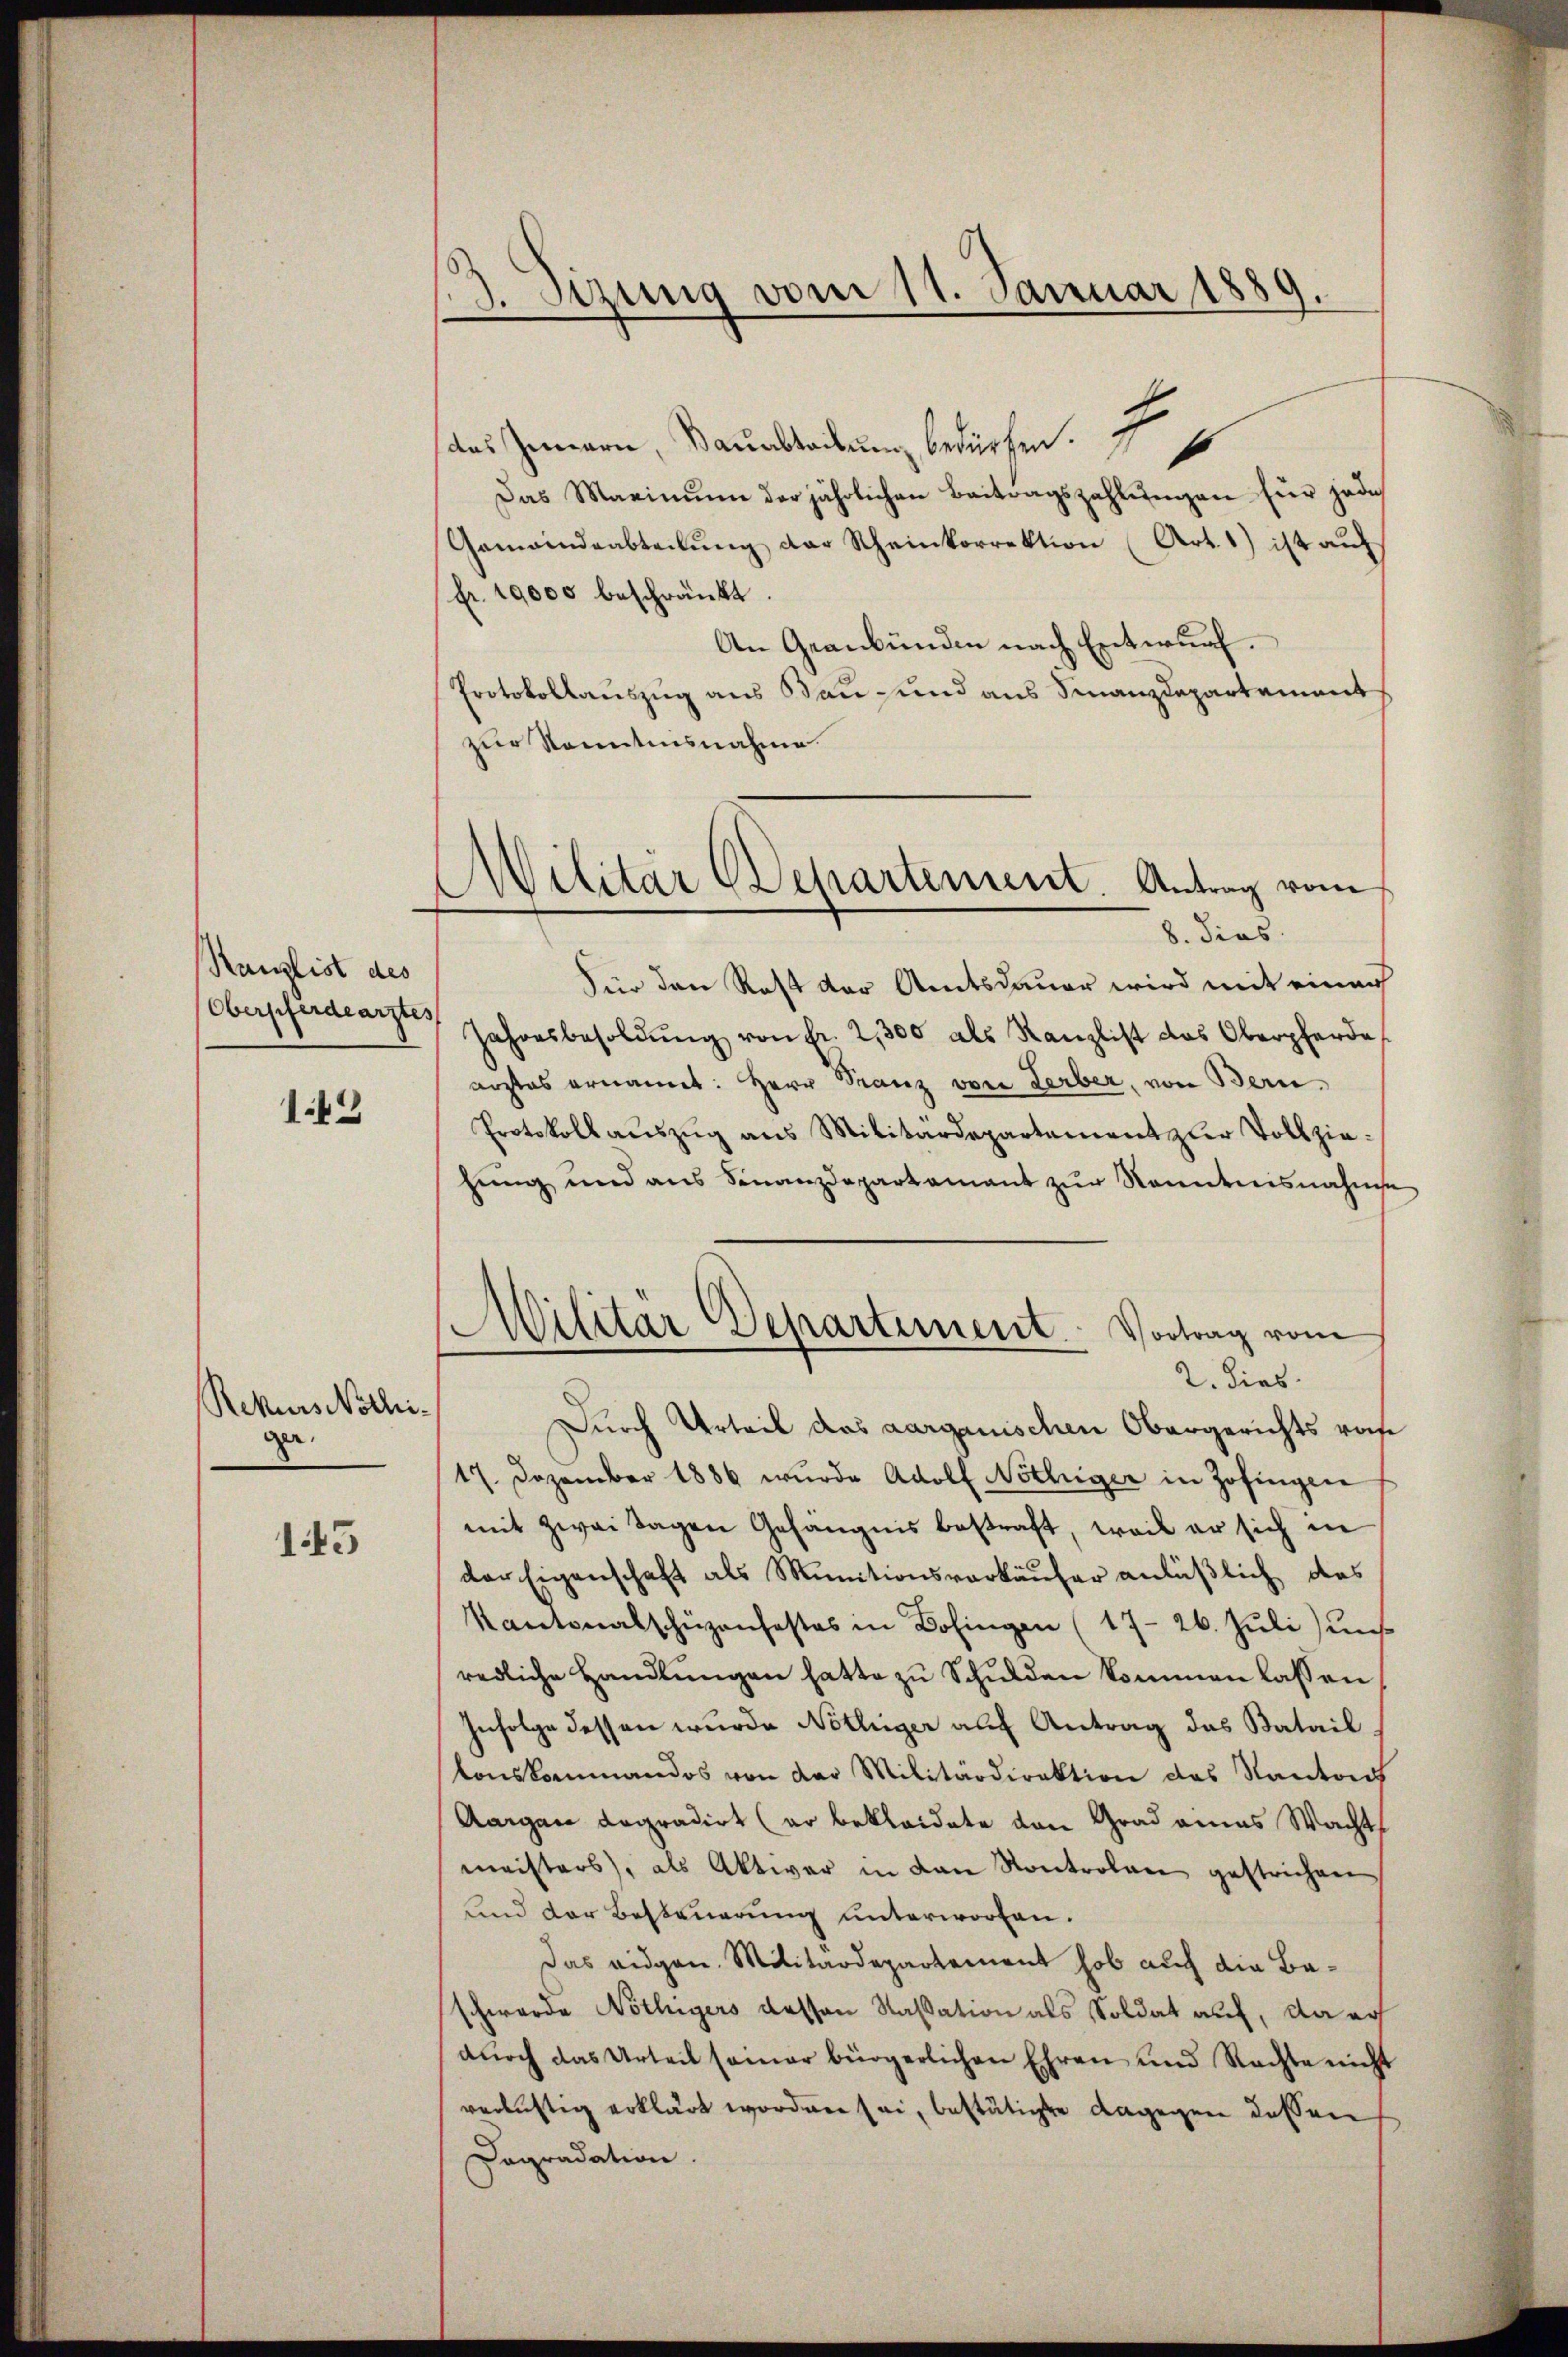
Kanzlist des
Obersferdearztes

143

Rekurs Nöthiga.

145

13. Sitzung vom 11. Januar 1889.
e

das Innern, Bauabteilung bedürfen. I
Das Maximŭm der jährlichen Beitragszahlŭngen für jede
Gemeindeabteilŭng der Scheinkorrektion (Art. 1) ist auf
Fr. 19,000 beschränkt.
An Graubünden nach Entwurf.
Protokollauszug aus Bau- und aus Finanzdepartement
zur Kenntnisnahme
Für den Rest der Amtsdauer wird mit einer
Jahresbesoldŭng von fr. 2300 als Kanzlist das Oberpferde
arztes ernannt: Herr Franz von Serber, von Bern,
Protokoll aŭszŭg ans Militärdepartement zŭr Vollzie-
hung und aus Finanzdepartamant zur Kenntnisnahme
Militär Departement. Vortrag vom
2. dies
Durch Urteil das aarganischen Obergerichts rohe
17. Dezember 1886 wurde Adolf Nöthiger in Zofingen
mit zwei Tagen Gefängnis bestraft, weil er sich in
der Eigenschaft als Munitionsverkäufer anläßlich das
Kantonalschüzenfestes in Dofingen (17-26. Juli) uns.
redliche Handlungen hatte zu Schulden kommen lassen
Infolge dessen wurde Notlüger auf Antrag das Batail
tonskommandos von der Militärdirektion des Kantod
Aargau degradirt (er bekleidete von Grad eines Wacht
meisters, als Aktiver in von Kontrolan gestrichen
und der Besteuerung unterworfen.
Das eidgen. Militärdepartement hob auch die Baschwerde Nöthigers dessen Kassation als Soldat auf, da auf
durch das Urteil samer bürgerlichen Ehren und Nachte nicht
verlichtig erklärt worden sei, bestätigte dagegen dessen
Dagradation.

Militär Departement. Antrag vom
8. dies